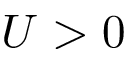
U > 0